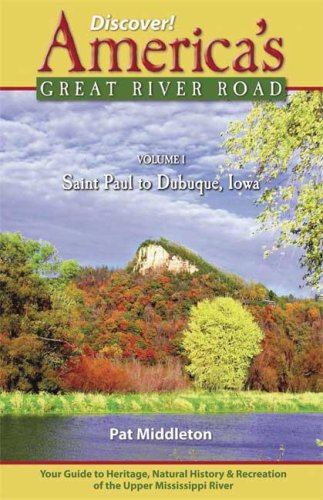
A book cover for Discover! America's Great River Road: Volume I: St. Paul, Minnesota, to Dubuque, Iowa; Pat Middleton; Travel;